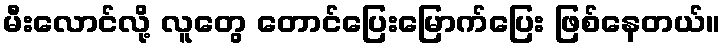
မီးလောင်လို့ လူတွေ တောင်ပြေးမြောက်ပြေး ဖြစ်နေတယ်။